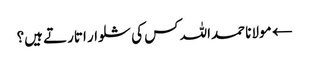
← مولانا حمداللہ کس کی شلوار اتارتے ہیں؟